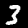
Digit: 3